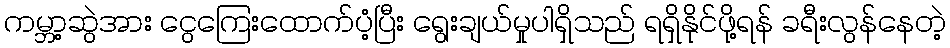
ကမ္ဘာ့ဆွဲအား ငွေကြေးထောက်ပံ့ပြီး ရွေးချယ်မှုပါရှိသည် ရရှိနိုင်ဖို့ရန် ခရီးလွန်နေတဲ့